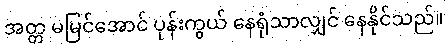
အတ္တ မမြင်အောင် ပုန်းကွယ် နေရုံသာလျှင် နေနိုင်သည်။